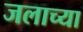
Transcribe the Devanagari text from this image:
जलाच्या